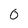
Character: 0